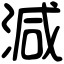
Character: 減